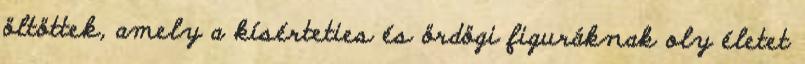
öltöttek, amely a kísérteties és ördögi figuráknak oly életet